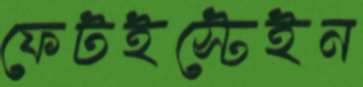
ফেটইস্টেইন